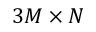
3 M \times N